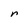
Character: r